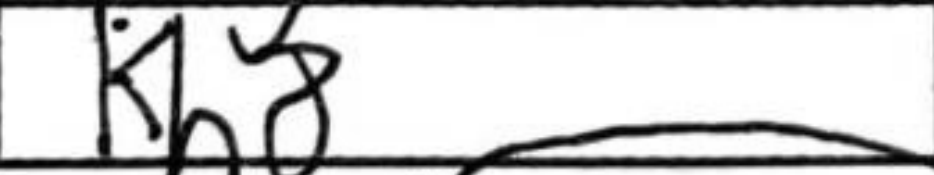
Transcription: Kh8